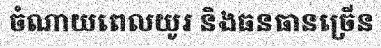
ចំណាយពេលយូរ និងធនធានច្រើន